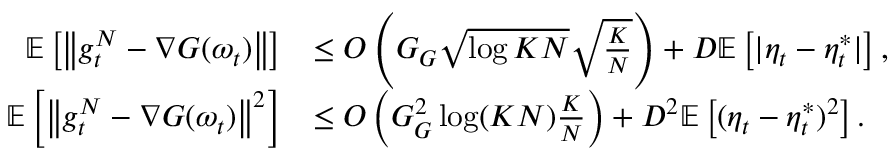
\begin{array} { r l } { \mathbb { E } \left[ \left\lVert g _ { t } ^ { N } - \nabla G ( \omega _ { t } ) \right\rVert \right] } & { \leq O \left( G _ { G } \sqrt { \log K N } \sqrt { \frac { K } { N } } \right) + D \mathbb { E } \left[ | \eta _ { t } - \eta _ { t } ^ { * } | \right] , } \\ { \mathbb { E } \left[ \left\lVert g _ { t } ^ { N } - \nabla G ( \omega _ { t } ) \right\rVert ^ { 2 } \right] } & { \leq O \left( G _ { G } ^ { 2 } \log ( K N ) \frac { K } { N } \right) + D ^ { 2 } \mathbb { E } \left[ ( \eta _ { t } - \eta _ { t } ^ { * } ) ^ { 2 } \right] . } \end{array}